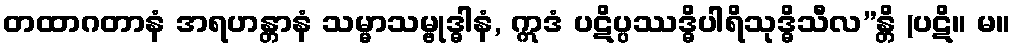
တထာဂတာနံ အရဟန္တာနံ သမ္မာသမ္ဗုဒ္ဓါနံ, ဣဒံ ပဋိပ္ပဿဒ္ဓိပါရိသုဒ္ဓိသီလ”န္တိ (ပဋိ။ မ။